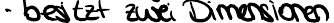
- besitzt zwei Dimensionen